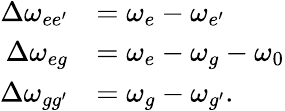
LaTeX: \begin{array}{rl}{\Delta\omega_{{ee^{\prime}}}}&{=\omega_{{e}}-\omega_{{e^{\prime}}}}\\ {\Delta\omega_{{eg}}}&{=\omega_{{e}}-\omega_{{g}}-\omega_{0}}\\ {\Delta\omega_{{gg^{\prime}}}}&{=\omega_{{g}}-\omega_{{g^{\prime}}}.}\end{array}